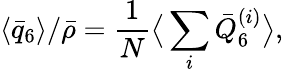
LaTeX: \langle\bar{q}_{6}\rangle/\bar{\rho}=\frac{1}{N}\big\langle\sum_{i}\bar{Q}_{6}^{(i)}\big\rangle,